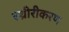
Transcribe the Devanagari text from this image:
स्थ्रीरीकरण